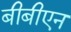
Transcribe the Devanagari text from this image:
बीबीएन